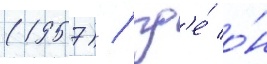
(1957) / гд'е́ о́н